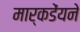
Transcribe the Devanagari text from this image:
मार्कडेंयने